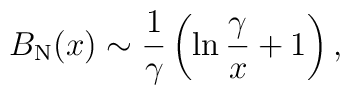
B_{\rm N}(x) \sim {1\over \gamma}\left(\ln{\gamma\over x} + 1 \right),